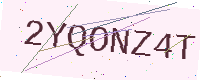
Text: 2YQONZ4T